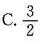
C. \frac{3}{2}